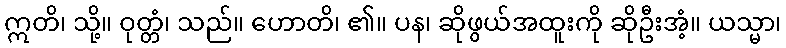
ဣတိ၊ သို့။ ဝုတ္တံ၊ သည်။ ဟောတိ၊ ၏။ ပန၊ ဆိုဖွယ်အထူးကို ဆိုဦးအံ့။ ယသ္မာ၊